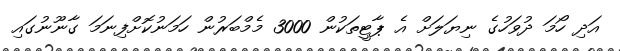
އަދި ހޯމަ ދުވަހުގެ ނިޔަލަށް އެ ޕާޓީތަކުން 3000 މެމްބަރުން ހަމަނުކޮށްފިނަމަ ގާނޫނުގައި